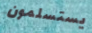
يستسلمون